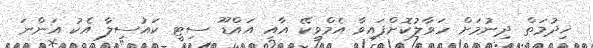
ޚިދުމަތް ދިނުމަށް ހަވާލުކޮށްފައިވާ އެމްވީކޭ އާއި އައްޑޫ ސިޓީ ކައުސިލާ އެކު އަންނަ